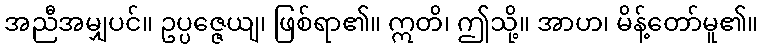
အညီအမျှပင်။ ဥပ္ပဇ္ဇေယျ၊ ဖြစ်ရာ၏။ ဣတိ၊ ဤသို့။ အာဟ၊ မိန့်တော်မူ၏။